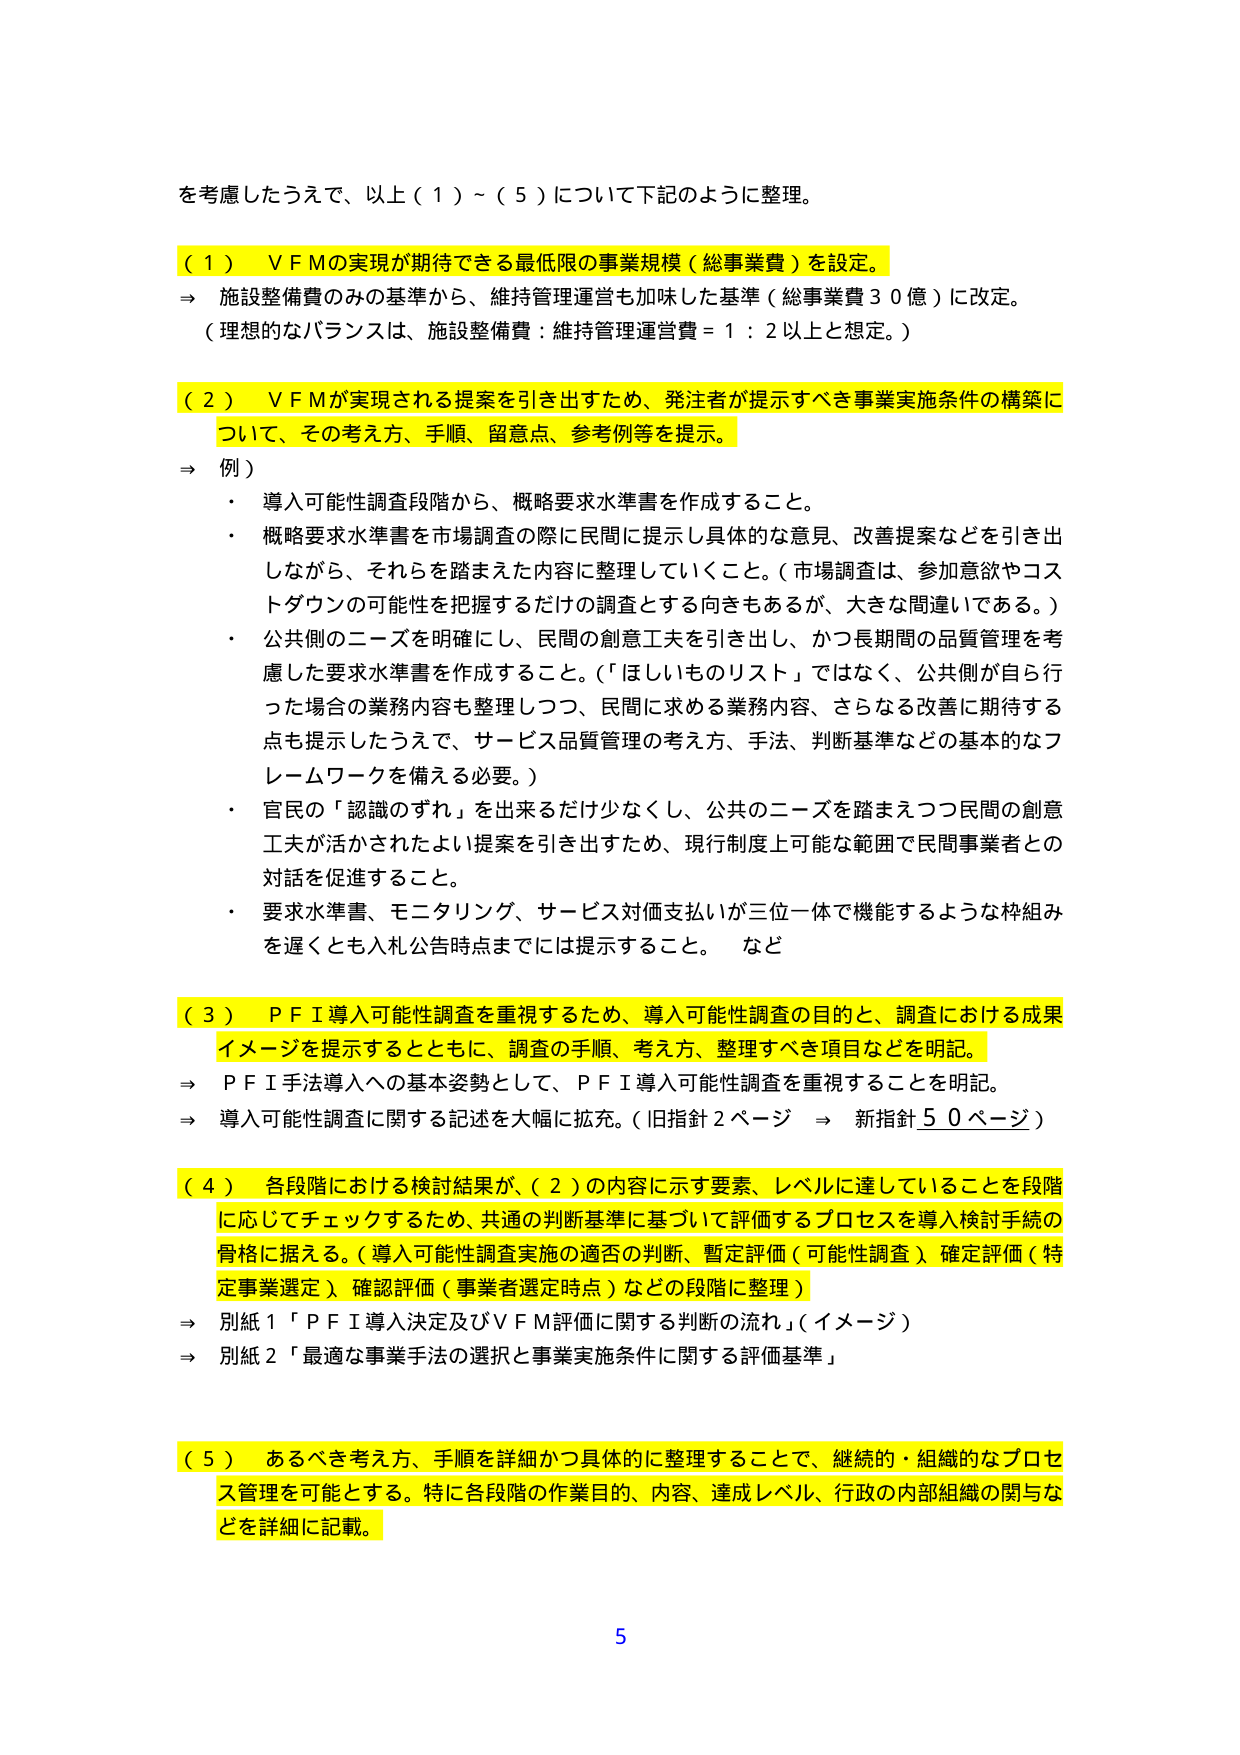
を考慮したうえで、以上（１）～（５）について下記のように整理。

（１）ＶＦＭの実現が期待できる最低限の事業規模（総事業費）を設定。
⇒ 施設整備費のみの基準から、維持管理運営も加味した基準（総事業費３０億）に改定。
（理想的なバランスは、施設整備費：維持管理運営費＝１：２以上と想定。）

（２）ＶＦＭが実現される提案を引き出すため、発注者が提示すべき事業実施条件の構築について、その考え方、手順、留意点、参考例等を提示。
⇒ 例）
・ 導入可能性調査段階から、概略要求水準書を作成すること。
・ 概略要求水準書を市場調査の際に民間に提示し具体的な意見、改善提案などを引き出しながら、それらを踏まえた内容に整理していくこと。（市場調査は、参加意欲やコストダウンの可能性を把握するだけの調査とする向きもあるが、大きな間違いである。）
・ 公共側のニーズを明確にし、民間の創意工夫を引き出し、かつ長期間の品質管理を考慮した要求水準書を作成すること。（「ほしいものリスト」ではなく、公共側が自ら行った場合の業務内容も整理しつつ、民間に求める業務内容、さらなる改善に期待する点も提示したうえで、サービス品質管理の考え方、手法、判断基準などの基本的なフレームワークを備える必要。）
・ 官民の「認識のずれ」を出来るだけ少なくし、公共のニーズを踏まえつつ民間の創意工夫が活かされたよい提案を引き出すため、現行制度上可能な範囲で民間事業者との対話を促進すること。
・ 要求水準書、モニタリング、サービス対価支払いが三位一体で機能するような枠組みを遅くとも入札公告時点までには提示すること。 など

（３）ＰＦＩ導入可能性調査を重視するため、導入可能性調査の目的と、調査における成果イメージを提示するとともに、調査の手順、考え方、整理すべき項目などを明記。
⇒ ＰＦＩ手法導入への基本姿勢として、ＰＦＩ導入可能性調査を重視することを明記。
⇒ 導入可能性調査に関する記述を大幅に拡充。（旧指針２ページ ⇒ 新指針５０ページ）

（４）各段階における検討結果が、（２）の内容に示す要素、レベルに達していることを段階に応じてチェックするため、共通の判断基準に基づいて評価するプロセスを導入検討手続の骨格に据える。（導入可能性調査実施の適否の判断、暫定評価（可能性調査）、確定評価（特定事業選定）、確認評価（事業者選定時点）などの段階に整理）
⇒ 別紙１「ＰＦＩ導入決定及びＶＦＭ評価に関する判断の流れ」（イメージ）
⇒ 別紙２「最適な事業手法の選択と事業実施条件に関する評価基準」

（５）あるべき考え方、手順を詳細かつ具体的に整理することで、継続的・組織的なプロセス管理を可能とする。特に各段階の作業目的、内容、達成レベル、行政の内部組織の関与などを詳細に記載。

5